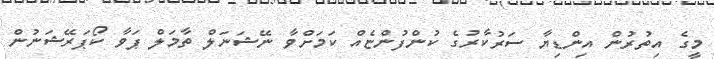
މީގެ އިތުރުން އިންޑިޔާ ސަރުކާރުގެ ކުންފުންޏެއް ކަމަށްވާ ނޭޝަނަލް ތާމަލް ޕަވާ ކޯޕަރޭޝަނުން